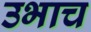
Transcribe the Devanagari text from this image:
उभाच